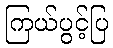
ကြယ်ပွင့်ပြ